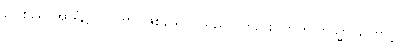
ဂေါစရေ၊ အာရုံ၌။ ပဝတ္တာ၊ ဖြစ်သော။ သညာ၊ တည်း။ ဣတိ တသ္မာ၊ ကြောင့်။